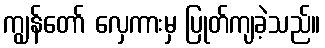
ကျွန်တော် လှေကားမှ ပြုတ်ကျခဲ့သည်။